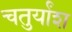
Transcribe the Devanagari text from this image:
चतुर्यांश